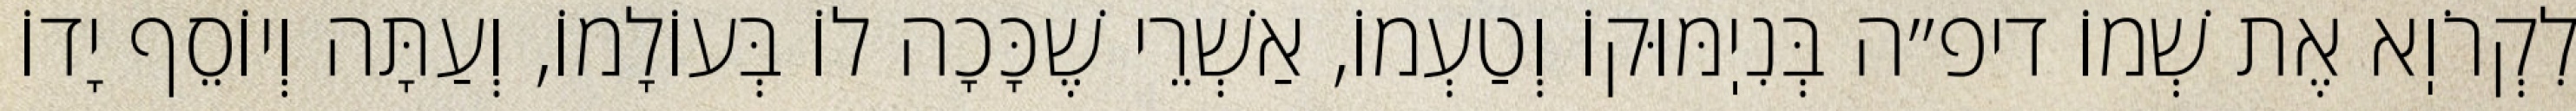
לִקְרֹוֽא אֶת שְׁמוֹ דיפ״ה בְּנִיֽמּוּקוֹ וְטַעְמוֹ, אַשְׁרֵי שֶׁכָּכָה לוֹ בְּעוֹלָמוֹ, וְעַתָּה וְיוֹסֵף יָדוֹ